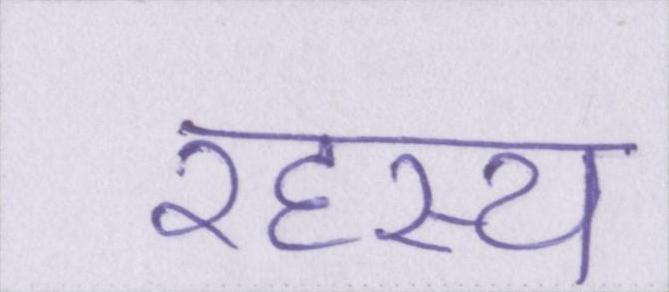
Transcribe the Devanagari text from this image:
रहस्य